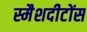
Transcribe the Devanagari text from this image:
स्मैशदीटोंस